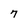
Character: 7